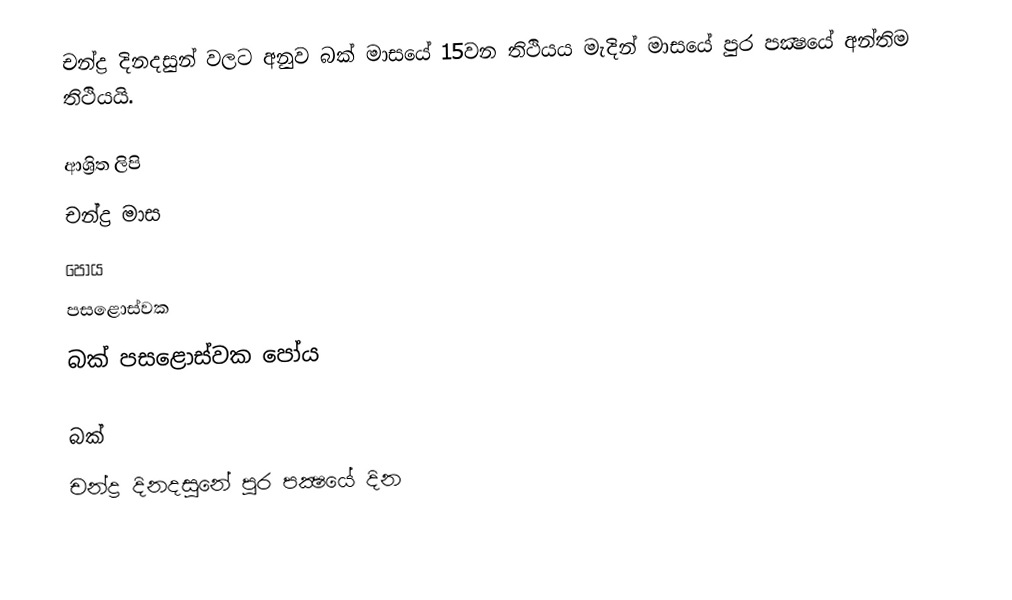
චන්ද්‍ර දිනදසුන් වලට අනුව බක් මාසයේ 15වන තිථියය මැදින් මාසයේ පුර පක්‍ෂයේ අන්තිම තිථියයි.

ආශ්‍රිත ලිපි
 චන්ද්‍ර මාස
 පෝය
 පසළොස්වක
 බක් පසළොස්වක පෝය

බක්
චන්ද්‍ර දිනදසුනේ පුර පක්‍ෂයේ දින